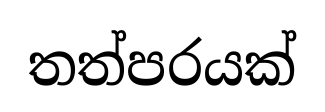
තත්පරයක්